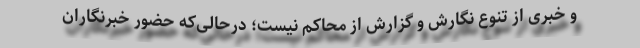
و خبری از تنوع نگارش و گزارش از محاکم نیست؛ در‌حالی‌که حضور خبرنگاران